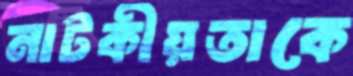
নাটকীয়তাকে